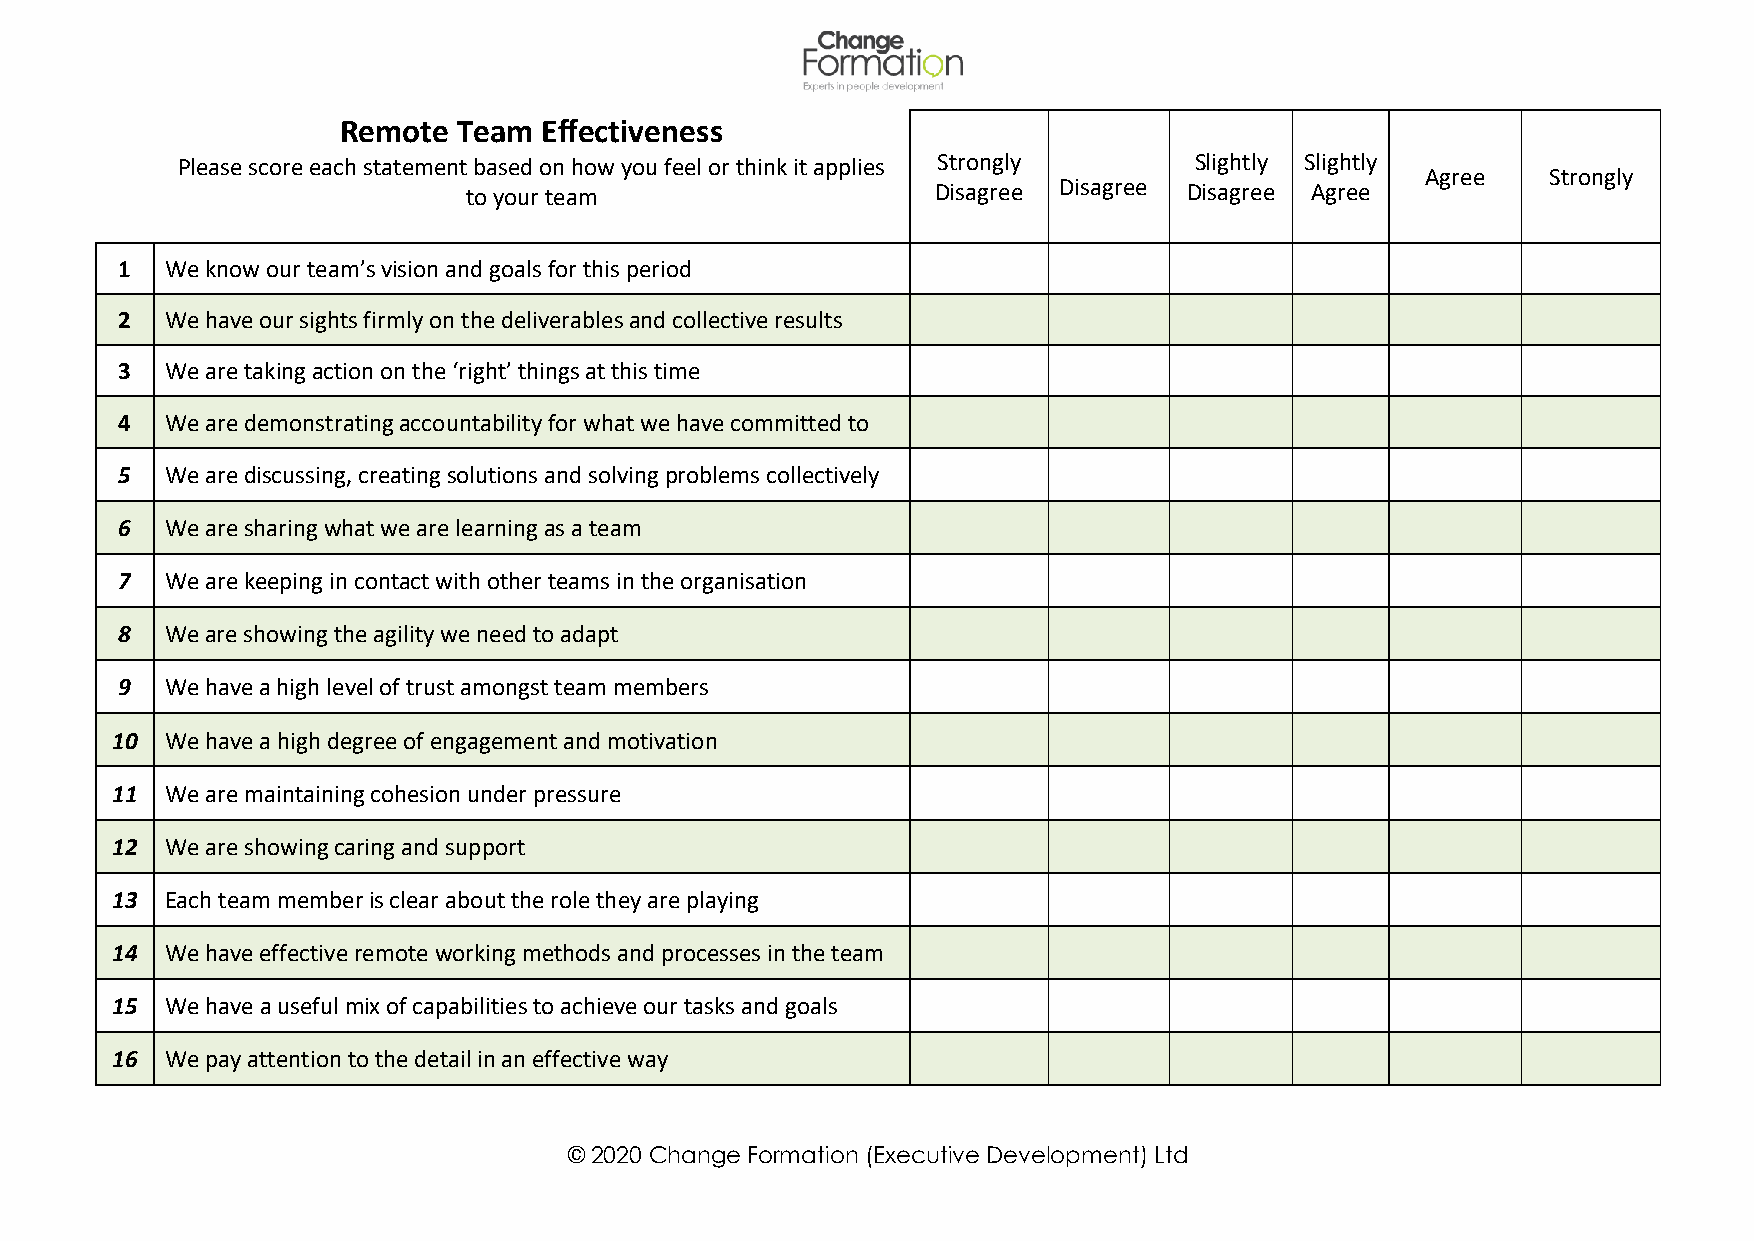
Remote Team  Effectiveness
 Please score each statement based on how you feel or think it applies Strongly Slightly Slightly
 Agree    Strongly
 to your team                   Disagree Disagree Disagree Agree
 1  We know our team’s vision and goals for this period
 2  We have our sights firmly on the deliverables and collective results
 3  We are taking action on the ‘right’ things at this time
 4  We are demonstrating accountability for what we have committed to
 5  We are discussing, creating solutions and solving problems collectively
 6  We are sharing what we are learning as a team
 7  We are keeping in contact with other teams in the organisation
 8  We are showing the agility we need to adapt
 9  We have a high level of trust amongst team members
 10  We have a high degree of engagement and motivation
 11  We are maintaining cohesion under pressure
 12  We are showing caring and support
 13  Each team member is clear about the role they are playing
 14  We have effective remote working methods and processes in the team
 15  We have a useful mix of capabilities to achieve our tasks and goals
 16  We pay attention to the detail in an effective way
 © 2020 Change Formation (Executive Development) Ltd